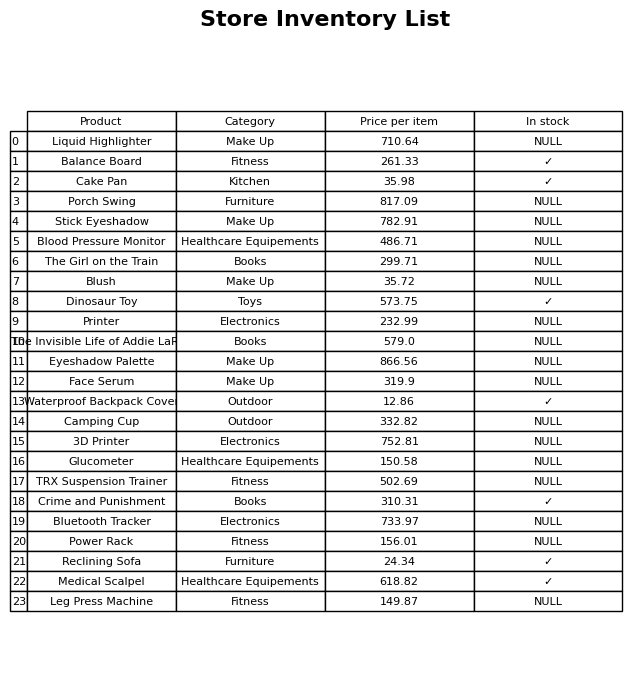
question: What is the price for Leg Press Machine?
answer: The price of Leg Press Machine is 149.87.